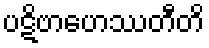
ပဋိဗာဟေဿတီတိ